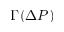
\Gamma ( \Delta P )